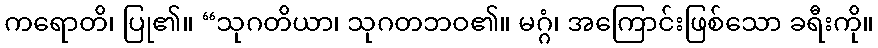
ကရောတိ၊ ပြု၏။ “သုဂတိယာ၊ သုဂတဘဝ၏။ မဂ္ဂံ၊ အကြောင်းဖြစ်သော ခရီးကို။